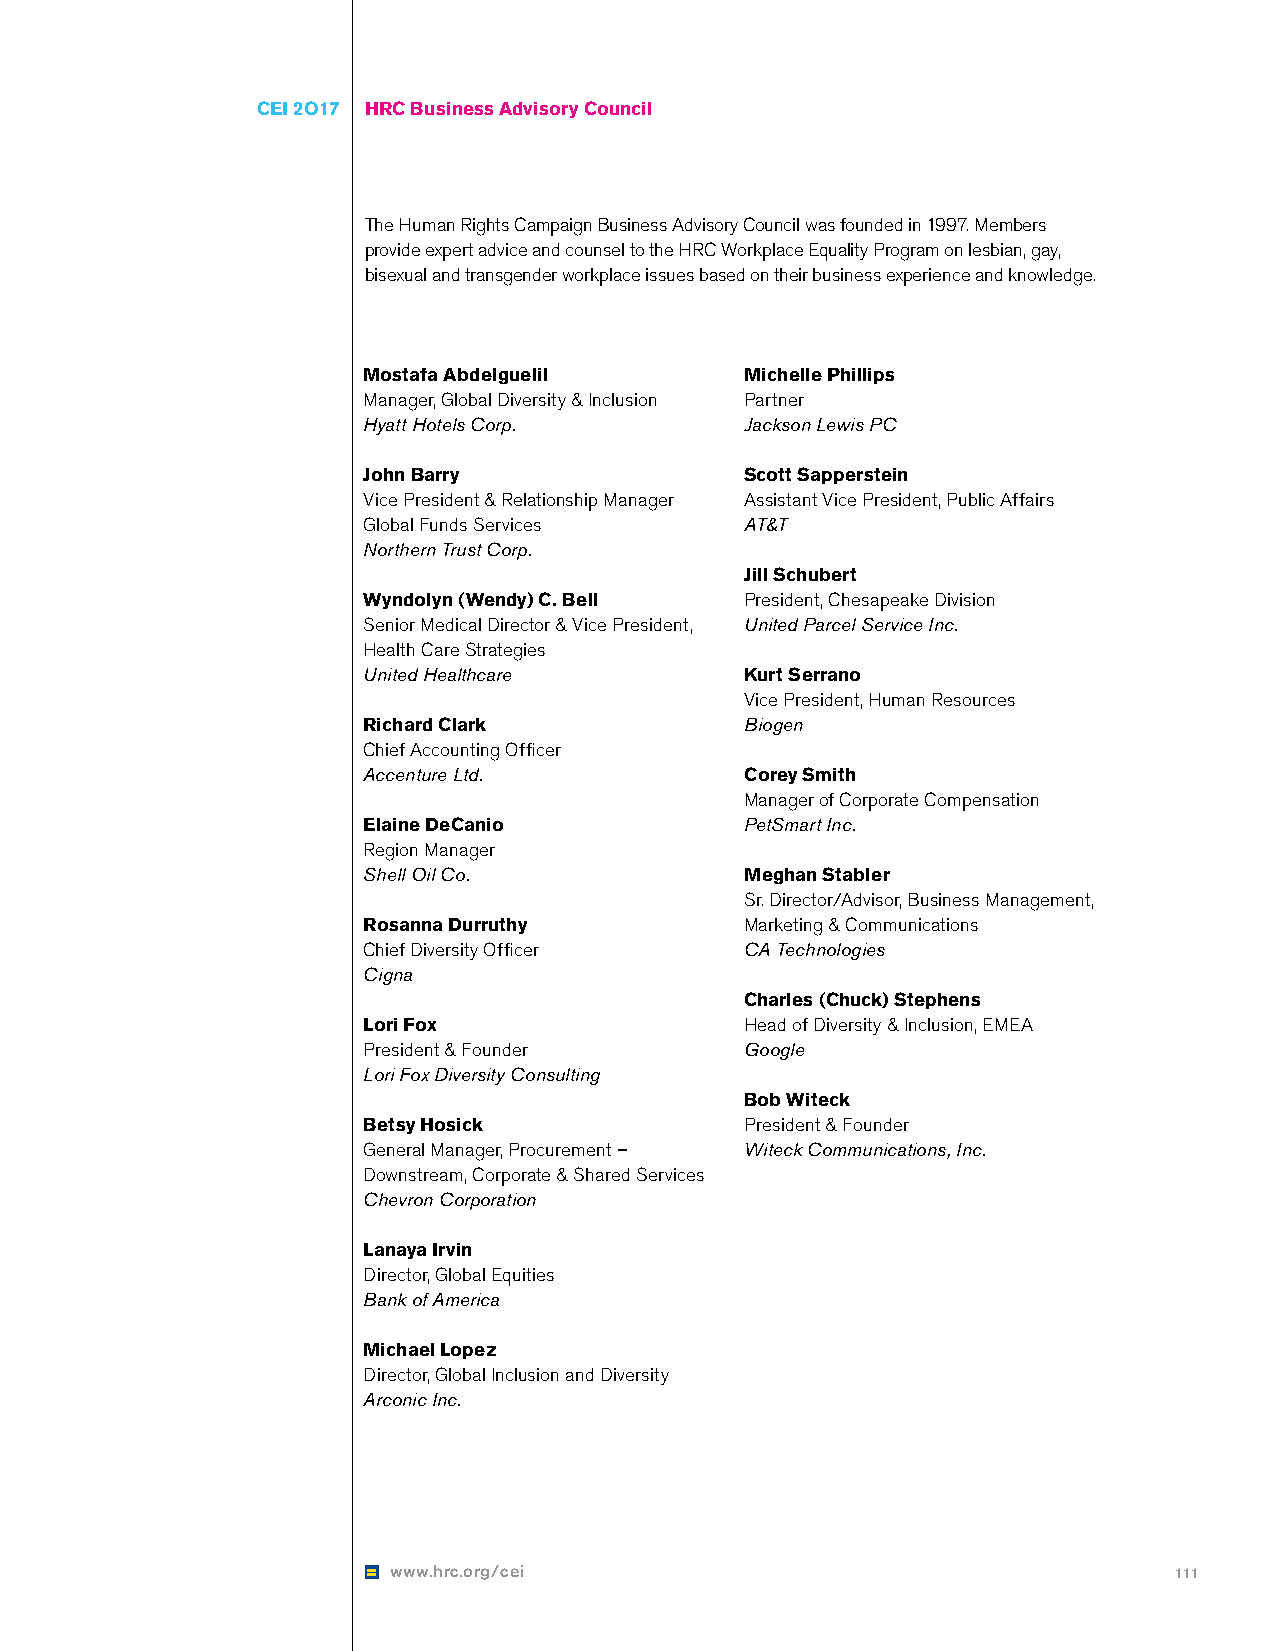
CEI 2O17 HRC Business Advisory Council
 The Human Rights Campaign Business Advisory Council was founded in 1997. Members
 provide expert advice and counsel to the HRC Workplace Equality Program on lesbian, gay,
 bisexual and transgender workplace issues based on their business experience and knowledge.
 Mostafa Abdelguelil      Michelle Phillips
 Manager, Global Diversity & Inclusion Partner
 Hyatt Hotels Corp.       Jackson Lewis PC
 John Barry               Scott Sapperstein
 Vice President & Relationship Manager Assistant Vice President, Public Affairs
 Global Funds Services    AT&T
 Northern Trust Corp.
 Jill Schubert
 Wyndolyn (Wendy) C. Bell President, Chesapeake Division
 Senior Medical Director & Vice President, United Parcel Service Inc.
 Health Care Strategies
 United Healthcare        Kurt Serrano
 Vice President, Human Resources
 Richard Clark            Biogen
 Chief Accounting Officer
 Accenture Ltd.           Corey Smith
 Manager of Corporate Compensation
 Elaine DeCanio           PetSmart Inc.
 Region Manager
 Shell Oil Co.            Meghan Stabler
 Sr. Director/Advisor, Business Management,
 Rosanna Durruthy         Marketing & Communications
 Chief Diversity Officer  CA Technologies
 Cigna
 Charles (Chuck) Stephens
 Lori Fox                 Head of Diversity & Inclusion, EMEA
 President & Founder      Google
 Lori Fox Diversity Consulting
 Bob Witeck
 Betsy Hosick             President & Founder
 General Manager, Procurement – Witeck Communications, Inc.
 Downstream, Corporate & Shared Services
 Chevron Corporation
 Lanaya Irvin
 Director, Global Equities
 Bank of America
 Michael Lopez
 Director, Global Inclusion and Diversity
 Arconic Inc.
 www.hrc.org/cei                                     111